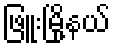
ဖြူးမြို့နယ်